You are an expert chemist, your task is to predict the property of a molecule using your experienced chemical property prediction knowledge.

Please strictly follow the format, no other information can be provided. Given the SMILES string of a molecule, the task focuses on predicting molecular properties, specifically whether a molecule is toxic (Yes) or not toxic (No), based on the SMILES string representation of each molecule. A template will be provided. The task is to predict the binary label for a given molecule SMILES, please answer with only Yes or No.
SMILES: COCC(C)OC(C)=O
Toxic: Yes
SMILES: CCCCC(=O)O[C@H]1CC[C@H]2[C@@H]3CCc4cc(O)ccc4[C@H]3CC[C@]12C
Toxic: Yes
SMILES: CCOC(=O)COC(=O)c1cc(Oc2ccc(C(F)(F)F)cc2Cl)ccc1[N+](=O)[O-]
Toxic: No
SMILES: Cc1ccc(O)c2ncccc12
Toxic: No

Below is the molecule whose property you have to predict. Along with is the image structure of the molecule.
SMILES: O=S(=O)(O)c1ccccc1
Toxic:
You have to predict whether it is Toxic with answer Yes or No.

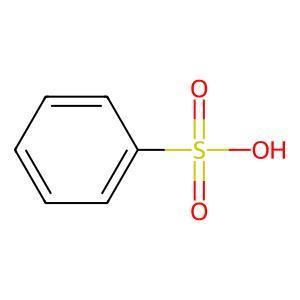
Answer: No